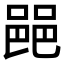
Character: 䣈